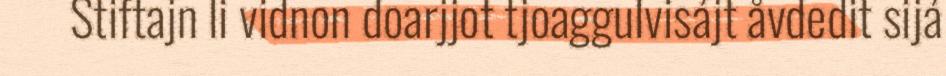
Stiftajn li vidnon doarjjot tjoaggulvisájt åvdedit sijá